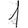
Digit: 1